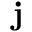
\mathbf { j }